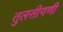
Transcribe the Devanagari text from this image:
तुलसीगणी